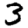
Digit: 3